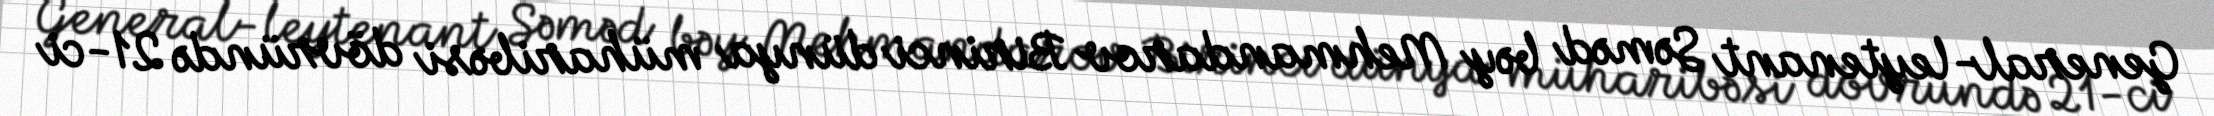
General-leytenant Səməd bəy Mehmandarov Birinci dünya müharibəsi dövründə 21-ci